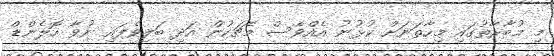
މި މުބާރާތުގައި މިހާތަނަށް ކުޅުނު އެއްވެސް މެޗަކުން އަދި ބަލިވެފައި ނުވާ ހޮލެންޑް